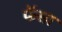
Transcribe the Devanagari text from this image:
फॅसा